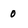
Character: 0